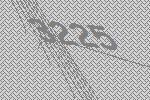
3225